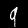
Digit: 9